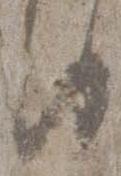
日